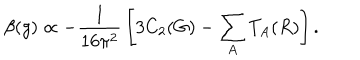
\beta ( g ) \propto - { \frac { 1 } { 1 6 \pi ^ { 2 } } } \left[ 3 C _ { 2 } ( G ) - \sum _ { A } T _ { A } ( R ) \right] .